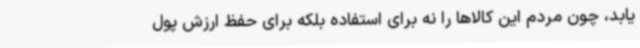
یابد، چون مردم این کالاها را نه برای استفاده بلکه برای حفظ ارزش پول